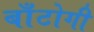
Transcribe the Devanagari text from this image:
बाँटोगी